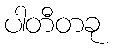
ပါတီတခု